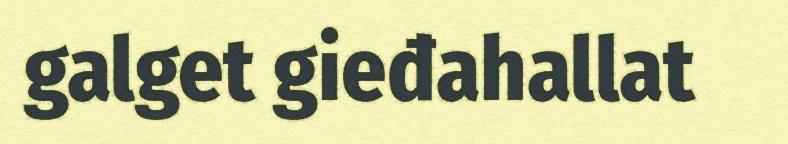
galget gieđahallat